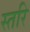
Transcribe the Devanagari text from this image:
स्तरि